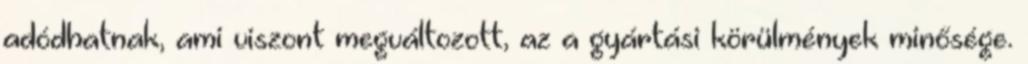
adódhatnak, ami viszont megváltozott, az a gyártási körülmények minősége.